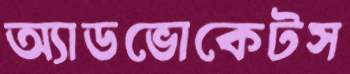
অ্যাডভোকেটস